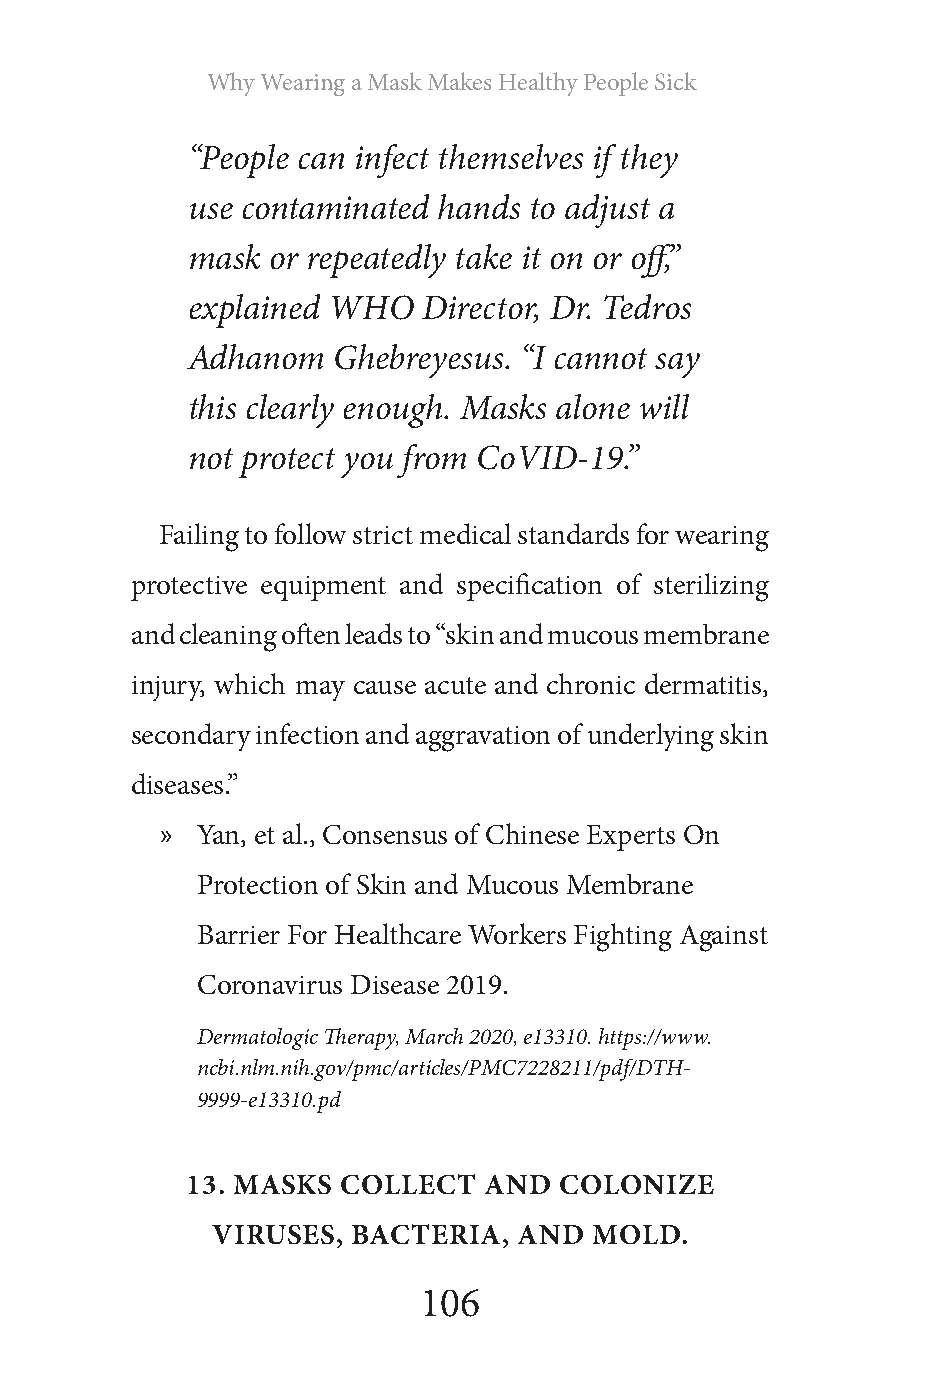
Why Wearing a Mask Makes Healthy People Sick
 “People can infect themselves if they
 use contaminated hands to adjust a
 mask  or repeatedly take it on or off,”
 explained WHO   Director, Dr. Tedros
 Adhanom   Ghebreyesus. “I cannot say
 this clearly enough. Masks alone will
 not protect you from CoVID-19.”
 Failing to follow strict medical standards for wearing
 protective equipment and specification of sterilizing
 and cleaning often leads to “skin and mucous membrane
 injury, which may cause acute and chronic dermatitis,
 secondary infection and aggravation of underlying skin
 diseases.”
 » Yan, et al., Consensus of Chinese Experts On
 Protection of Skin and Mucous Membrane
 Barrier For Healthcare Workers Fighting Against
 Coronavirus Disease 2019.
 Dermatologic Therapy, March 2020, e13310. https://www.
 ncbi.nlm.nih.gov/pmc/articles/PMC7228211/pdf/DTH-
 9999-e13310.pd
 13. MASKS  COLLECT  AND  COLONIZE
 VIRUSES, BACTERIA,  AND  MOLD.
 106